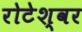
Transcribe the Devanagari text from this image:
रोटेश्वर